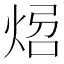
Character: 𤉝